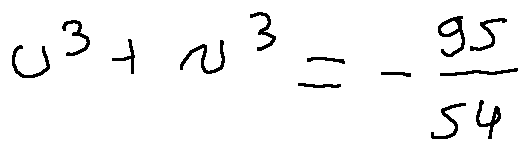
u ^ { 3 } + v ^ { 3 } = - \frac { 9 5 } { 5 4 }